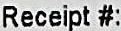
RECEIPT #: